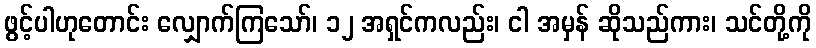
ဖွင့်ပါဟုတောင်း လျှောက်ကြသော်၊ ၁၂ အရှင်ကလည်း၊ ငါ အမှန် ဆိုသည်ကား၊ သင်တို့ကို